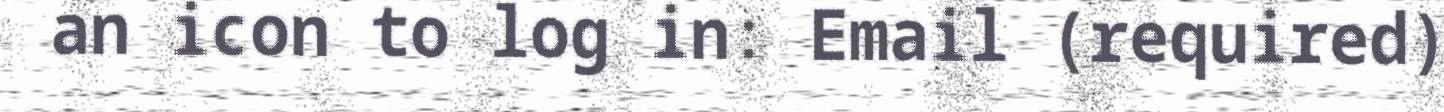
an icon to log in: Email (required)